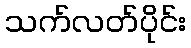
သက်လတ်ပိုင်း